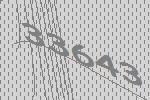
33643